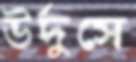
উর্দুসে